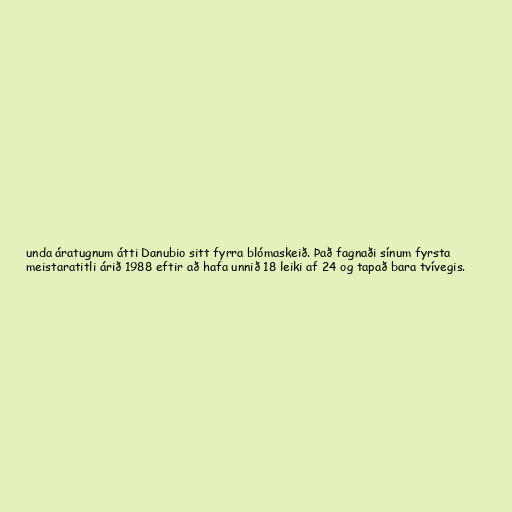
unda áratugnum átti Danubio sitt fyrra blómaskeið. Það fagnaði sínum fyrsta
meistaratitli árið 1988 eftir að hafa unnið 18 leiki af 24 og tapað bara tvívegis.